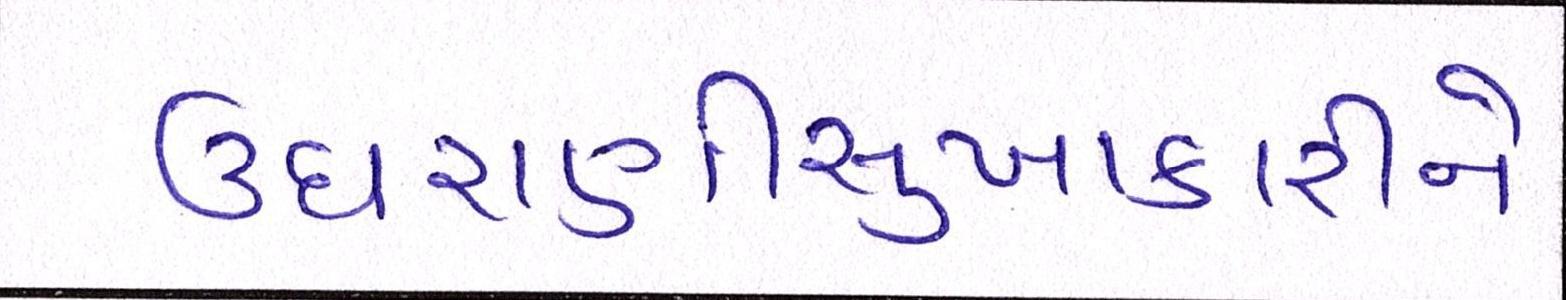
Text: ઉઘરાણીસુખાકારીને